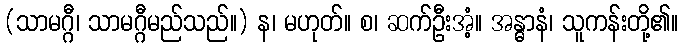
(သာမဂ္ဂီ၊ သာမဂ္ဂီမည်သည်။) န၊ မဟုတ်။ စ၊ ဆက်ဦးအံ့။ အန္ဓာနံ၊ သူကန်းတို့၏။